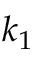
k _ { 1 }